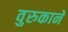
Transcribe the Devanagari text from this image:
वुरुकाने